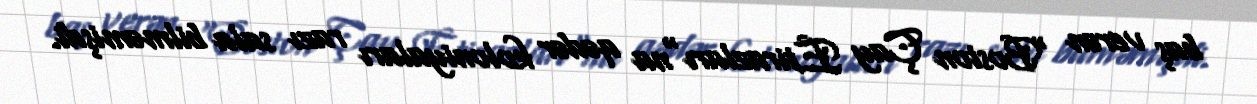
baş verən "Boston Çay Etirazları"na qədər koloniyaları razı sala bilməmişdi.